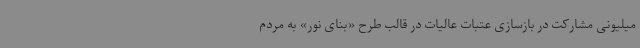
میلیونی مشارکت در بازسازی عتبات عالیات در قالب طرح «بنای نور» به مردم